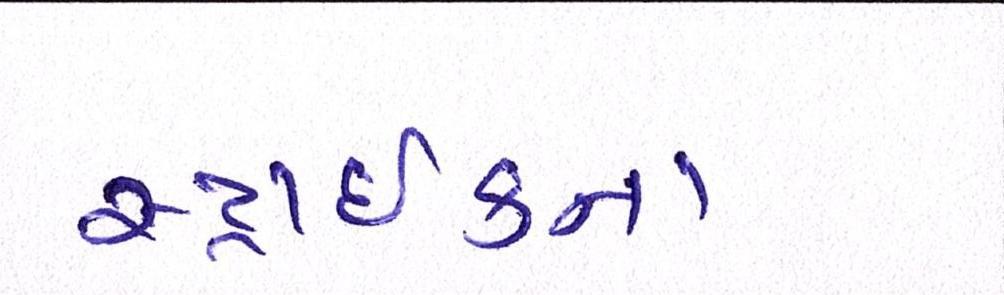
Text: સ્ટ્રાઈકના